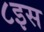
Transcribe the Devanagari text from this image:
८इस